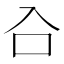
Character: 𭆹